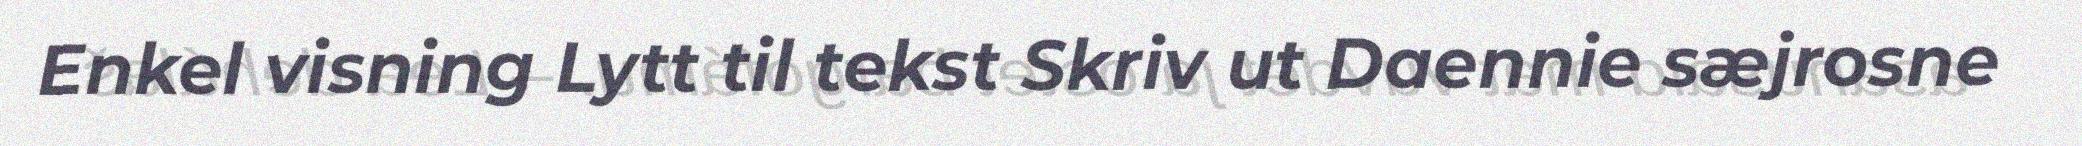
Enkel visning Lytt til tekst Skriv ut Daennie sæjrosne